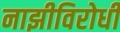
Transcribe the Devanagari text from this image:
नाझीविरोधी